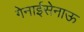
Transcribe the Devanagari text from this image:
गेनाईसेनाऊ